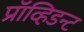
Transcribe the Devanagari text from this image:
प्रॉव्हिडन्ट